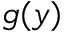
g ( y )